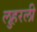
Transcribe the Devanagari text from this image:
लुहरली